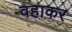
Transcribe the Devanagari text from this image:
वहाकर